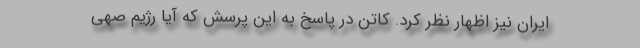
ایران نیز اظهار نظر کرد. کاتن در پاسخ به این پرسش که آیا رژیم صهی